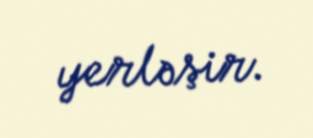
yerləşir.